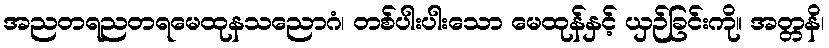
အညတရညတရမေထုနသညောဂံ၊ တစ်ပါးပါးသော မေထုန်နှင့် ယှဉ်ခြင်းကို။ အတ္တနိ၊